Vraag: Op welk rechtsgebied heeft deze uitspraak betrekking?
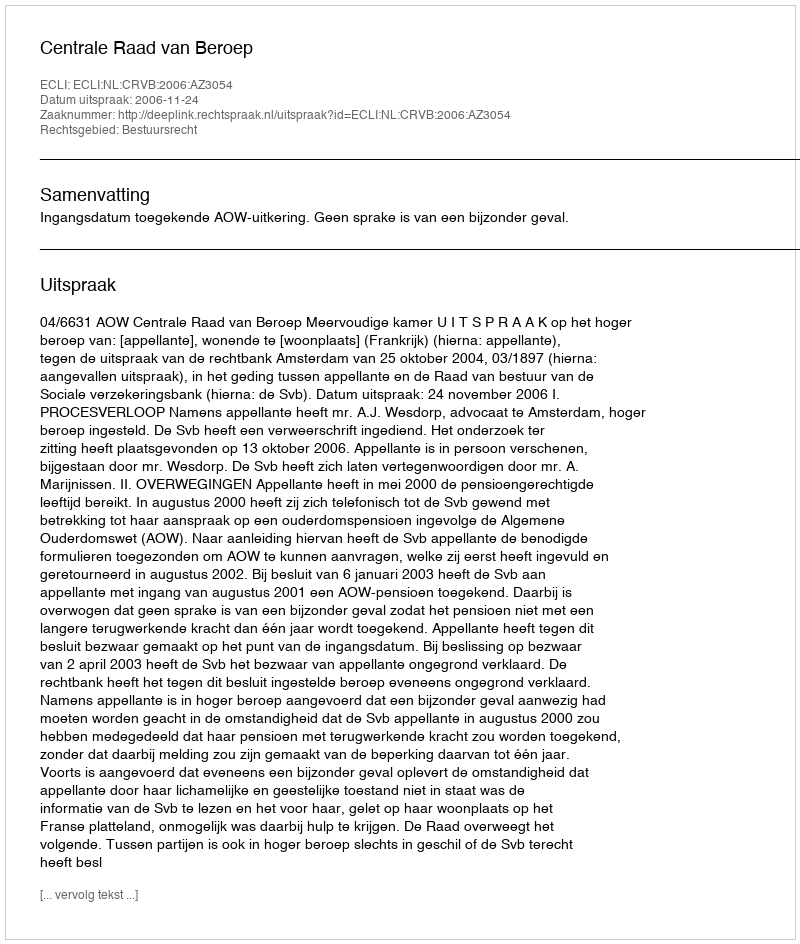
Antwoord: Bestuursrecht